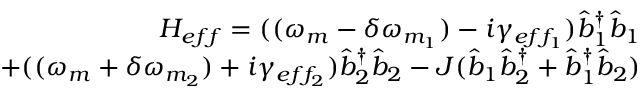
\begin{array} { r } { H _ { e f f } = ( ( \omega _ { m } - \delta \omega _ { m _ { 1 } } ) - i \gamma _ { e f f _ { 1 } } ) \hat { b } _ { 1 } ^ { \dagger } \hat { b } _ { 1 } } \\ { + ( ( \omega _ { m } + \delta \omega _ { m _ { 2 } } ) + i \gamma _ { e f f _ { 2 } } ) \hat { b } _ { 2 } ^ { \dagger } \hat { b } _ { 2 } - J ( \hat { b } _ { 1 } \hat { b } _ { 2 } ^ { \dagger } + \hat { b } _ { 1 } ^ { \dagger } \hat { b } _ { 2 } ) } \end{array}